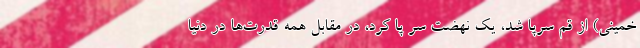
خمینی) از قم سرپا شد، یک نهضت سر پا کرد، در مقابل همه قدرت‌ها در دنیا